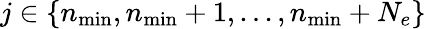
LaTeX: j\in\{ n_{\mathrm{min}},n_{\mathrm{min}}+1,...,n_{\mathrm{min}}+N_{e}\}